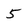
Character: 5